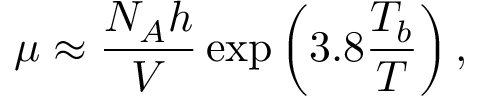
\mu \approx { \frac { N _ { A } h } { V } } \exp \left( 3 . 8 { \frac { T _ { b } } { T } } \right) ,